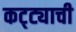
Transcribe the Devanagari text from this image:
कट्ट्याची